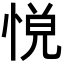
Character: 𢛹